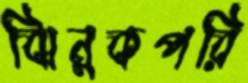
ঝিনুকপরি